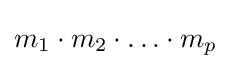
m_{1}\cdot m_{2}\cdot \ldots \cdot m_{p}